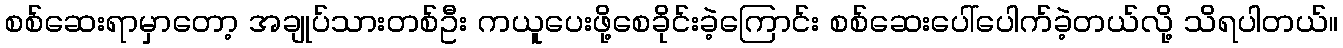
စစ်ဆေးရာမှာတော့ အချုပ်သားတစ်ဦး ကယူပေးဖို့စေခိုင်းခဲ့ကြောင်း စစ်ဆေးပေါ်ပေါက်ခဲ့တယ်လို့ သိရပါတယ်။